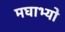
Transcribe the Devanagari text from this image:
मघाभ्यो